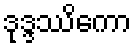
ဒုဒ္ဒဿိကော